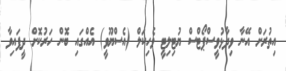
އިތުރަށް އޭނާ ވިދާޅުވީސްޕޯޓްސް ޔުޓިލިޓީ ވެހިކަލް (އެސްޔޫވީ) އެއްގައި ބޮން ހަރުކޮށް ދީފައިވާ